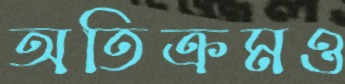
অতিক্রমও